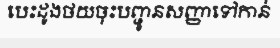
បេះដូងថយចុះបញ្ជូនសញ្ញាទៅកាន់